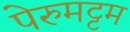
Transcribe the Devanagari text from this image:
पेरुमट्टम